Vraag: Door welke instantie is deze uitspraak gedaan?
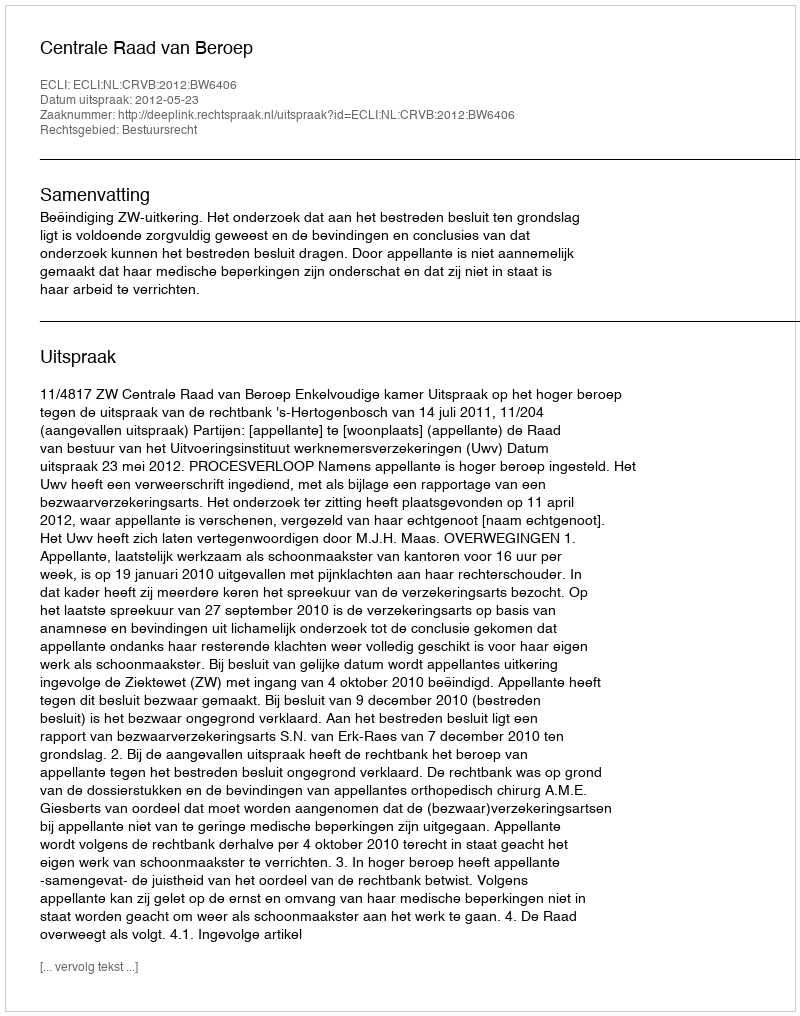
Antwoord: Centrale Raad van Beroep